Annual report of the Punjab Veterinary College and of the Civil Veterinary Department, Punjab - 1894-1908
Year: 1894
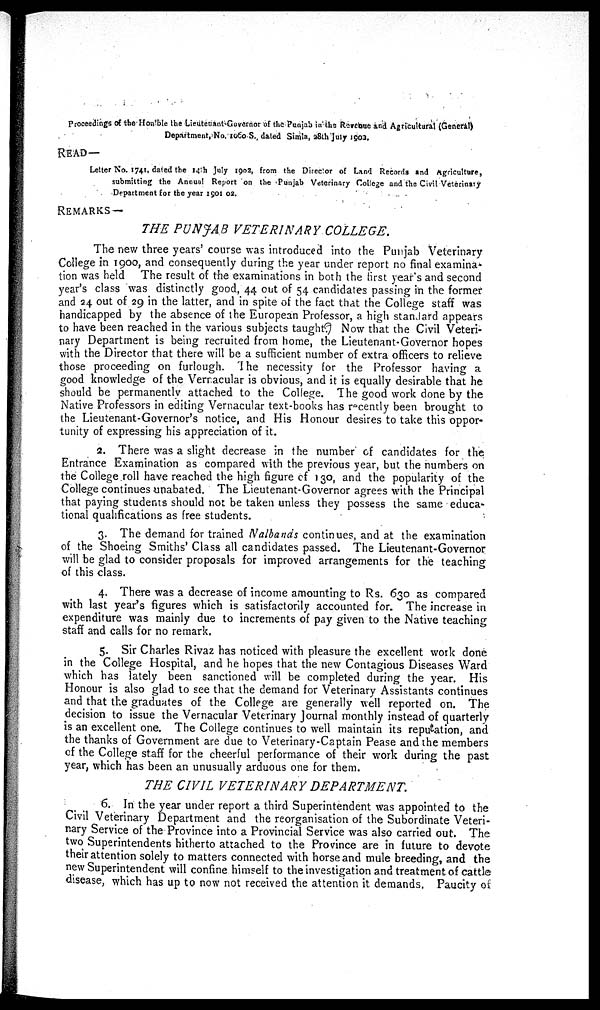
Proceedings of the Hon'ble the Lieuteuant Governor of the Punjab in the Revenue and Agricultural (General)
Department, No. 1060 S., dated Simla, 28th July 1903.
READ—
Letter No. 1741, dated the 14th July 1902, from the Director of Land Records and Agriculture,
submitting the Annual Report on the Punjab Veterinary College and the Civil Veterinary
Department for the year 1901-02.
REMARKS —
THE PUNJAB VETERINARY
COLLEGE.
The new three years' course was introduced into the Punjab Veterinary
College in 1900, and consequently during the year under report no final examina-
tion was held The result of the examinations in both the first year's and second
year's class was distinctly good, 44 out of 54 candidates passing in the former
and 24 out of 29 in the latter, and in spite of the fact that the College staff was
handicapped by the absence of the European Professor, a high standard appears
to have been reached in the various subjects taught. Now that the Civil Veteri-
nary Department is being recruited from home, the Lieutenant-Governor hopes
with the Director that there will be a sufficient number of extra officers to relieve
those proceeding on furlough. The necessity for the Professor having a
good knowledge of the Vernacular is obvious, and it is equally desirable that he
should be permanently attached to the College. The good work done by the
Native Professors in editing Vernacular text-books has recently been brought to
the Lieutenant-Governor's notice, and His Honour desires to take this oppor-
tunity of expressing his appreciation of it.
2. There was a slight decrease in the number of candidates for the
Entrance Examination as compared with the previous year, but the numbers on
the College roll have reached the high figure of 130, and the popularity of the
College continues unabated. The Lieutenant-Governor agrees with the Principal
that paying students should not be taken unless they possess the same educa-
tional qualifications as free students.
3. The demand for trained Nalbands continues, and at the examination
of the Shoeing Smiths' Class all candidates passed. The Lieutenant-Governor
will be glad to consider proposals for improved arrangements for the teaching
of this class.
4. There was a decrease of income amounting to Rs. 630 as compared
with last year's figures which is satisfactorily accounted for. The increase in
expenditure was mainly due to increments of pay given to the Native teaching
staff and calls for no remark.
5. Sir Charles Rivaz has noticed with pleasure the excellent work done
in the College Hospital, and he hopes that the new Contagious Diseases Ward
which has lately been sanctioned will be completed during the year. His
Honour is also glad to see that the demand for Veterinary Assistants continues
and that the graduates of the College are generally well reported on. The
decision to issue the Vernacular Veterinary Journal monthly instead of quarterly
is an excellent one. The College continues to well maintain its reputation, and
the thanks of Government are due to Veterinary-Captain Pease and the members
of the College staff for the cheerful performance of their work during the past
year, which has been an unusually arduous one for them.
THE CIVIL VETERINARY
DEPARTMENT.
6. In the year under report a third Superintendent was appointed to the
Civil Veterinary Department and the reorganisation of the Subordinate Veteri-
nary Service of the Province into a Provincial Service was also carried out. The
two Superintendents hitherto attached to the Province are in future to devote
their attention solely to matters connected with horse and mule breeding, and the
new Superintendent will confine himself to the investigation and treatment of cattle
disease, which has up to now not received the attention it demands. Paucity of